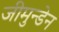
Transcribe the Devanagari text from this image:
जीमुन्डेन